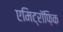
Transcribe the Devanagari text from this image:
एमिट्रॉफ़िक